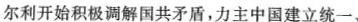
尔利开始积极调解国共矛盾，力主中国建立统一、